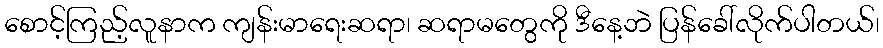
စောင့်ကြည့်လူနာက ကျန်းမာရေးဆရာ၊ ဆရာမတွေကို ဒီနေ့ဘဲ ပြန်ခေါ်လိုက်ပါတယ်၊